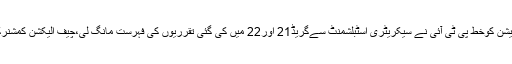
حکومت کی جاتےجاتےاہم تقرریاں،پی ٹی آئی کا الیکشن کمیشن کوخط پی ٹی آئی نے سیکریٹری اسٹبلشمنٹ سےگریڈ21 اور22 میں کی گئی تقرریوں کی فہرست مانگ لی،چیف الیکشن کمشنرکے ان تقرریوں کا نوٹس نہ لینے پرمایوسی کا اظہارکیا گیا۔